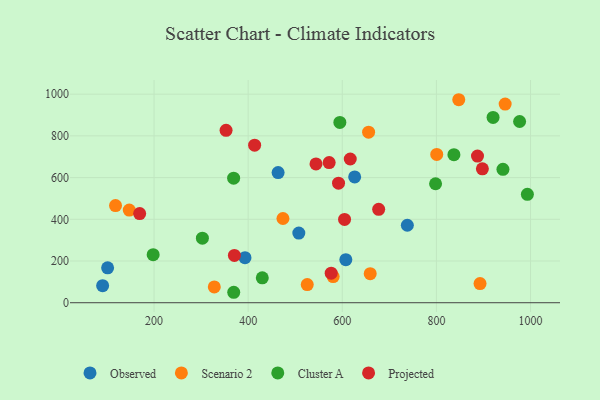
{"axis": {"x": "Experience", "y": "Fuel Efficiency"}, "legend": ["Cluster A", "Observed", "Projected", "Scenario 2"], "data": [{"x": "607.5", "y": 206.5, "type": "Observed"}, {"x": "507.6", "y": 333.9, "type": "Observed"}, {"x": "101.3", "y": 167.5, "type": "Observed"}, {"x": "393.2", "y": 216.0, "type": "Observed"}, {"x": "626.3", "y": 603.0, "type": "Observed"}, {"x": "90.7", "y": 81.6, "type": "Observed"}, {"x": "738.2", "y": 371.4, "type": "Observed"}, {"x": "463.6", "y": 623.9, "type": "Observed"}, {"x": "800.7", "y": 711.0, "type": "Scenario 2"}, {"x": "147.3", "y": 444.4, "type": "Scenario 2"}, {"x": "580.6", "y": 125.4, "type": "Scenario 2"}, {"x": "328.0", "y": 75.8, "type": "Scenario 2"}, {"x": "847.5", "y": 973.3, "type": "Scenario 2"}, {"x": "892.7", "y": 92.0, "type": "Scenario 2"}, {"x": "473.9", "y": 403.8, "type": "Scenario 2"}, {"x": "946.1", "y": 952.4, "type": "Scenario 2"}, {"x": "655.9", "y": 817.5, "type": "Scenario 2"}, {"x": "659.3", "y": 139.4, "type": "Scenario 2"}, {"x": "525.5", "y": 87.2, "type": "Scenario 2"}, {"x": "118.1", "y": 465.6, "type": "Scenario 2"}, {"x": "198.1", "y": 230.3, "type": "Cluster A"}, {"x": "302.7", "y": 309.4, "type": "Cluster A"}, {"x": "993.3", "y": 519.6, "type": "Cluster A"}, {"x": "941.4", "y": 639.6, "type": "Cluster A"}, {"x": "798.2", "y": 570.4, "type": "Cluster A"}, {"x": "594.8", "y": 864.5, "type": "Cluster A"}, {"x": "920.4", "y": 888.6, "type": "Cluster A"}, {"x": "369.1", "y": 597.4, "type": "Cluster A"}, {"x": "430.0", "y": 119.5, "type": "Cluster A"}, {"x": "837.2", "y": 709.9, "type": "Cluster A"}, {"x": "369.3", "y": 50.1, "type": "Cluster A"}, {"x": "976.8", "y": 869.0, "type": "Cluster A"}, {"x": "353.0", "y": 826.4, "type": "Projected"}, {"x": "604.8", "y": 399.5, "type": "Projected"}, {"x": "677.3", "y": 447.8, "type": "Projected"}, {"x": "576.4", "y": 141.5, "type": "Projected"}, {"x": "592.0", "y": 573.0, "type": "Projected"}, {"x": "370.7", "y": 226.6, "type": "Projected"}, {"x": "572.1", "y": 671.9, "type": "Projected"}, {"x": "169.4", "y": 427.5, "type": "Projected"}, {"x": "897.7", "y": 641.9, "type": "Projected"}, {"x": "616.9", "y": 689.0, "type": "Projected"}, {"x": "887.3", "y": 703.1, "type": "Projected"}, {"x": "544.1", "y": 665.3, "type": "Projected"}, {"x": "413.7", "y": 755.2, "type": "Projected"}]}